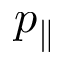
p _ { \parallel }